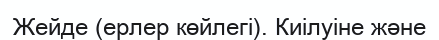
Жейде (ерлер көйлегі). Киілуіне және